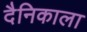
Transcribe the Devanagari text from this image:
दैनिकाला